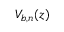
V _ { b , n } ( z )